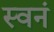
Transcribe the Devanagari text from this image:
स्वनं